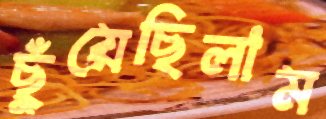
ছুঁয়েছিলাম